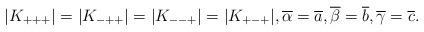
LaTeX: \begin{align*} |K_{+++}|=|K_{-++}|=|K_{--+}|=|K_{+-+}|, \overline{\alpha}=\overline{a}, \overline{\beta}=\overline{b}, \overline{\gamma}=\overline{c}.\end{align*}